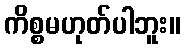
ကိစ္စမဟုတ်ပါဘူး။